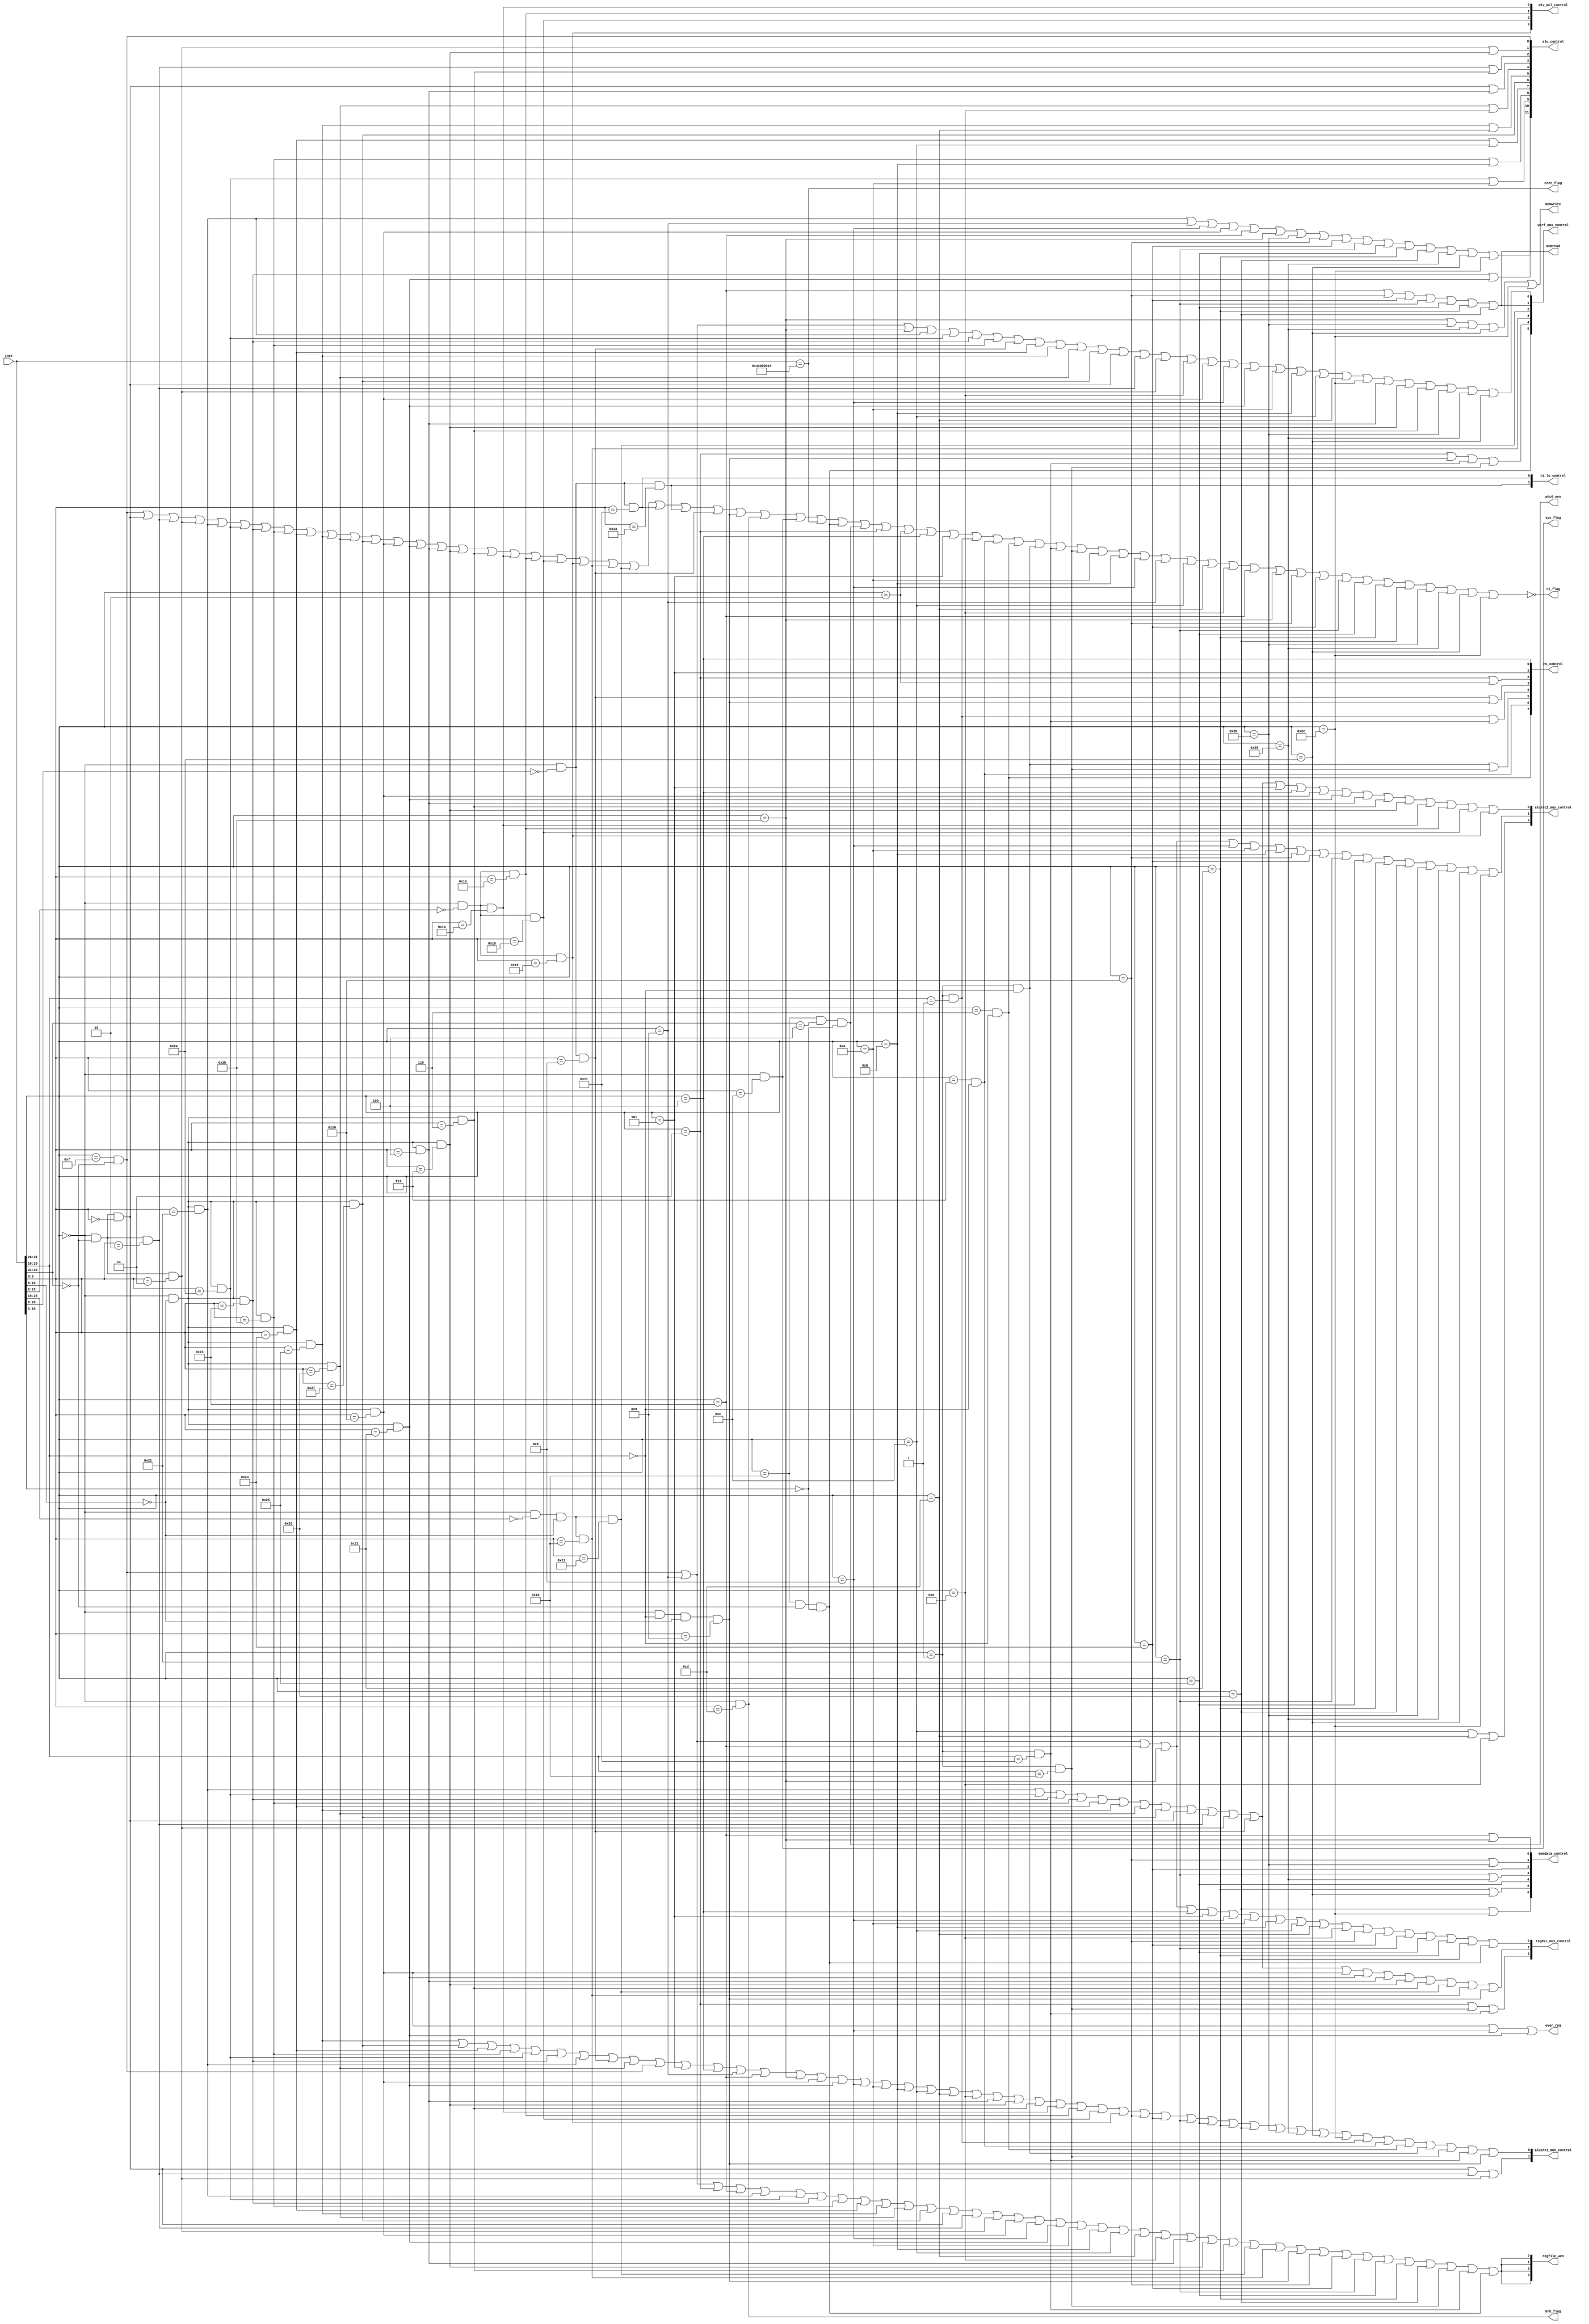
module control(
    input  [31:0] inst,
	output [11:0] alu_control,
	output [7:0] PC_control,
	output [2:0] regdst_mux_control,
	output [3:0] regfile_wen,
	output memread,
	output memwrite,
    output [6:0] memdata_control,
	output [1:0] alusrc1_mux_control,
	output [2:0] alusrc2_mux_control,
	output [5:0] wbrf_mux_control,
	output [1:0] hi_lo_control,
    output [3:0] div_mul_control,
    output mtc0_wen,
    output eret_flag,
    output sys_flag,
    output brk_flag,
    output over_req,
    output ri_flag
	);

wire inst_slti    = (inst[31:26]==6'b001010    );
wire inst_sltiu   = (inst[31:26]==6'b001011    );
wire inst_addi    = (inst[31:26]==6'b001000    );
wire inst_addiu   = (inst[31:26]==6'b001001    );
wire inst_andi    = (inst[31:26]==6'b001100    );
wire inst_ori     = (inst[31:26]==6'b001101    );
wire inst_xori    = (inst[31:26]==6'b001110    );
wire inst_lw      = (inst[31:26]==6'b100011    );
wire inst_sw      = (inst[31:26]==6'b101011    );
wire inst_lb      = (inst[31:26]==6'b100000    );
wire inst_lbu     = (inst[31:26]==6'b100100    );
wire inst_lh      = (inst[31:26]==6'b100001    );
wire inst_lhu     = (inst[31:26]==6'b100101    );
wire inst_lwl     = (inst[31:26]==6'b100010    );
wire inst_lwr     = (inst[31:26]==6'b100110    );
wire inst_sb      = (inst[31:26]==6'b101000    );
wire inst_sh      = (inst[31:26]==6'b101001    );
wire inst_swl     = (inst[31:26]==6'b101010    );
wire inst_swr     = (inst[31:26]==6'b101110    );

wire inst_jal     = (inst[31:26]==6'b000011    );
wire inst_j       = (inst[31:26]==6'b000010    );

wire inst_beq     = (inst[31:26]==6'b000100    );
wire inst_bne     = (inst[31:26]==6'b000101    );
wire inst_bgez    = (inst[31:26]==6'b000001    )&&(inst[20:16]==5'b00001);
wire inst_bgtz    = (inst[31:26]==6'b000111    )&&(inst[20:16]==5'b00000);
wire inst_blez    = (inst[31:26]==6'b000110    )&&(inst[20:16]==5'b00000);
wire inst_bltz    = (inst[31:26]==6'b000001    )&&(inst[20:16]==5'b00000);
wire inst_bgezal  = (inst[31:26]==6'b000001    )&&(inst[20:16]==5'b10001);
wire inst_bltzal  = (inst[31:26]==6'b000001    )&&(inst[20:16]==5'b10000);


wire inst_lui     = (inst[31:26]==6'b001111    )&&(inst[25:21]==5'b00000);

wire inst_sll     = (inst[31:26]==6'b000000    )&&(inst[25:21]==5'b00000)&&(inst[5:0]== 6'b000000    );
wire inst_srl     = (inst[31:26]==6'b000000    )&&(inst[25:21]==5'b00000)&&(inst[5:0]== 6'b000010    );
wire inst_sra     = (inst[31:26]==6'b000000    )&&(inst[25:21]==5'b00000)&&(inst[5:0]== 6'b000011    );
wire inst_addu    = (inst[31:26]==6'b000000    )&&(inst[10:6]==5'b00000)&&(inst[5:0]== 6'b100001    );
wire inst_slt     = (inst[31:26]==6'b000000    )&&(inst[10:6]==5'b00000)&&(inst[5:0]== 6'b101010    );
wire inst_subu    = (inst[31:26]==6'b000000    )&&(inst[10:6]==5'b00000)&&(inst[5:0]== 6'b100011    );
wire inst_sltu    = (inst[31:26]==6'b000000    )&&(inst[10:6]==5'b00000)&&(inst[5:0]== 6'b101011    );
wire inst_and     = (inst[31:26]==6'b000000    )&&(inst[10:6]==5'b00000)&&(inst[5:0]== 6'b100100    );
wire inst_or      = (inst[31:26]==6'b000000    )&&(inst[10:6]==5'b00000)&&(inst[5:0]== 6'b100101    );
wire inst_xor     = (inst[31:26]==6'b000000    )&&(inst[10:6]==5'b00000)&&(inst[5:0]== 6'b100110    );
wire inst_nor     = (inst[31:26]==6'b000000    )&&(inst[10:6]==5'b00000)&&(inst[5:0]== 6'b100111    );
wire inst_add     = (inst[31:26]==6'b000000    )&&(inst[10:6]==5'b00000)&&(inst[5:0]== 6'b100000    );
wire inst_sub     = (inst[31:26]==6'b000000    )&&(inst[10:6]==5'b00000)&&(inst[5:0]== 6'b100010    );
wire inst_sllv    = (inst[31:26]==6'b000000    )&&(inst[10:6]==5'b00000)&&(inst[5:0]== 6'b000100    );
wire inst_srav    = (inst[31:26]==6'b000000    )&&(inst[10:6]==5'b00000)&&(inst[5:0]== 6'b000111    );
wire inst_srlv    = (inst[31:26]==6'b000000    )&&(inst[10:6]==5'b00000)&&(inst[5:0]== 6'b000110    );
wire inst_div     = (inst[31:26]==6'b000000    )&&(inst[15:6]==10'b0000000000)&&(inst[5:0]== 6'b011010    );
wire inst_divu    = (inst[31:26]==6'b000000    )&&(inst[15:6]==10'b0000000000)&&(inst[5:0]== 6'b011011    );
wire inst_mult    = (inst[31:26]==6'b000000    )&&(inst[15:6]==10'b0000000000)&&(inst[5:0]== 6'b011000    );
wire inst_multu   = (inst[31:26]==6'b000000    )&&(inst[15:6]==10'b0000000000)&&(inst[5:0]== 6'b011001    );
wire inst_mfhi    = (inst[31:26]==6'b000000    )&&(inst[25:16]==10'b0000000000)&&(inst[10:6]==5'b00000)&&(inst[5:0]== 6'b010000    );
wire inst_mflo    = (inst[31:26]==6'b000000    )&&(inst[25:16]==10'b0000000000)&&(inst[10:6]==5'b00000)&&(inst[5:0]== 6'b010010    );
wire inst_mthi    = (inst[31:26]==6'b000000    )&&(inst[20:6]==15'b000000000000000)&&(inst[5:0]== 6'b010001    );
wire inst_mtlo    = (inst[31:26]==6'b000000    )&&(inst[20:6]==15'b000000000000000)&&(inst[5:0]== 6'b010011    );
wire inst_jr      = (inst[31:26]==6'b000000    )&&(inst[20:6]==15'b000000000000000)&&(inst[5:0]== 6'b001000    );
wire inst_jalr    = (inst[31:26]==6'b000000    )&&(inst[20:16]==5'b00000)&&(inst[10:6]==5'b00000)&&(inst[5:0]== 6'b001001    );

wire inst_break   = (inst[31:26]==6'b000000    )&&(inst[5:0]==6'b001101);
wire inst_syscall = (inst[31:26]==6'b000000    )&&(inst[5:0]==6'b001100);
wire inst_eret    = (inst==32'b01000010000000000000000000011000);
wire inst_mfc0    = (inst[31:26]==6'b010000    )&&(inst[25:21]==5'b00000)&&(inst[10:3]==8'b00000000);
wire inst_mtc0    = (inst[31:26]==6'b010000    )&&(inst[25:21]==5'b00100)&&(inst[10:3]==8'b00000000);
//ri_flag
assign ri_flag = ~(inst_lui|inst_sll|inst_srl|inst_sra|inst_addu|inst_slt|inst_subu|inst_sltu|inst_and|inst_or|inst_xor|inst_nor|inst_add
                 |inst_sub|inst_sllv|inst_srav|inst_srlv|inst_div|inst_divu|inst_mult|inst_multu|inst_mfhi|inst_mflo|inst_mthi|inst_mtlo
                 |inst_jr|inst_jalr|inst_break|inst_syscall|inst_eret|inst_mfc0|inst_mtc0|inst_jal|inst_j|inst_beq|inst_bne|inst_bgez|inst_bgtz|inst_blez|inst_bltz|inst_bgezal|inst_bltzal
                 |inst_slti|inst_sltiu|inst_addi|inst_addiu|inst_andi|inst_ori|inst_xori|inst_lw|inst_sw|inst_lb|inst_lbu|inst_lh|inst_lhu
                 |inst_lwl|inst_lwr|inst_sb|inst_sh|inst_swl|inst_swr);
//alu control 
assign alu_control[0]  =  inst_lui                                                                      ;
assign alu_control[1]  =  inst_sra  | inst_srav                                                         ;
assign alu_control[2]  =  inst_srl  | inst_srlv                                                         ;
assign alu_control[3]  =  inst_sll  | inst_sllv                                                         ;
assign alu_control[4]  =  inst_xor  | inst_xori                                                         ;
assign alu_control[5]  =  inst_or   | inst_ori                                                          ;
assign alu_control[6]  =  inst_nor                                                                      ;
assign alu_control[7]  =  inst_and  | inst_andi                                                         ;
assign alu_control[8]  =  inst_sltu | inst_sltiu                                                        ; 
assign alu_control[9]  =  inst_slt  | inst_slti                                                         ;
assign alu_control[10] =  inst_subu | inst_sub                                                          ;
assign alu_control[11] =  inst_addu | inst_addiu | inst_addi | inst_add | inst_lw | inst_sw | inst_sb 
                         |inst_lb   | inst_lbu   | inst_lh   | inst_lhu | inst_lwl| inst_lwr| inst_sh   
                         |inst_swl  | inst_swr  ;

//div_mul_control
assign div_mul_control[0] = inst_div  ;
assign div_mul_control[1] = inst_divu ;
assign div_mul_control[2] = inst_mult ;
assign div_mul_control[3] = inst_multu;

//regdst_mux control
assign regdst_mux_control[0] = inst_lui  | inst_addiu | inst_lw   | inst_sw   | inst_beq  | inst_bne 
                             | inst_addi | inst_slti  | inst_sltiu| inst_andi | inst_ori  | inst_xori
                             | inst_lb   | inst_lbu   | inst_lh   | inst_lhu  | inst_lwl  | inst_lwr
                             | inst_mfc0;
assign regdst_mux_control[1] = inst_addu | inst_slt   | inst_subu | inst_sltu | inst_and  | inst_or  
                             | inst_xor  | inst_nor   | inst_sll  | inst_srl  | inst_sra  | inst_jr  
                             | inst_add  | inst_sub   | inst_sllv | inst_srav | inst_srlv | inst_mflo
                             | inst_mfhi | inst_jalr ;

assign regdst_mux_control[2] = inst_jal | inst_bltzal | inst_bgezal;


//alusrc_mux control
//alusrc1_mux

assign alusrc1_mux_control[0] =   inst_or    | inst_nor  | inst_and   | inst_sltu   | inst_slt | inst_subu 
                                | inst_addu  | inst_jr   | inst_xor   | inst_lui    | inst_bne | inst_beq 
                                | inst_addiu | inst_lw   | inst_sw    | inst_add    | inst_sub | inst_addi  
                                | inst_slti  | inst_sltiu| inst_andi  | inst_ori    | inst_xori| inst_sllv
                                | inst_srav  | inst_srlv | inst_div   | inst_divu   | inst_mult| inst_multu
                                | inst_lb    | inst_lbu  | inst_lh    | inst_lhu    | inst_lwl | inst_lwr
                                | inst_sb    | inst_sh   | inst_swl   | inst_swr    | inst_bgez| inst_bgtz
                                | inst_blez  | inst_bltz | inst_bltzal| inst_bgezal | inst_jalr;



assign alusrc1_mux_control[1] =   inst_sll   | inst_srl | inst_sra ;
            
//alusrc2_mux
assign alusrc2_mux_control[0] =   inst_addu  | inst_slt   | inst_subu | inst_sltu | inst_and  | inst_or  | inst_xor  
                                | inst_nor   | inst_sll   | inst_srl  | inst_sra  | inst_jr   | inst_bne | inst_beq  
                                | inst_add   | inst_sub   | inst_sllv | inst_srlv | inst_srav | inst_div | inst_divu 
                                | inst_mult  | inst_multu;


assign alusrc2_mux_control[1] =   inst_lui   | inst_addiu | inst_lw   | inst_sw   | inst_addi | inst_slti| inst_sltiu 
                                | inst_lb    | inst_lbu   | inst_lh   | inst_lhu  | inst_lwl  | inst_lwr | inst_sb    
                                | inst_sh    | inst_swl   | inst_swr;
                               



assign alusrc2_mux_control[2] =   inst_andi  | inst_ori | inst_xori ;
//li ho control
assign hi_lo_control[0] = inst_mthi;
assign hi_lo_control[1] = inst_mtlo;
//memwrite & memread control
assign memread  = inst_lw | inst_lb | inst_lbu | inst_lh  | inst_lhu | inst_lwl | inst_lwr ;
assign memwrite = inst_sw | inst_sb | inst_sh  | inst_swl | inst_swr;
//memdata_control
assign memdata_control[0] = inst_lw | inst_sw;
assign memdata_control[1] = inst_lb | inst_sb;
assign memdata_control[2] = inst_lbu;
assign memdata_control[3] = inst_lh | inst_sh;
assign memdata_control[4] = inst_lhu;
assign memdata_control[5] = inst_lwl| inst_swl;
assign memdata_control[6] = inst_lwr| inst_swr;
//wb_rf_mux control
assign wbrf_mux_control[0] =    inst_lui   | inst_addiu | inst_sw   | inst_addu | inst_slt  | inst_subu | inst_sltu | inst_jr 
                              | inst_and   | inst_or    | inst_xor  | inst_nor  | inst_sll  | inst_srl  | inst_sra  | inst_xori 
                              | inst_add   | inst_addi  | inst_sub  | inst_slti | inst_sltiu| inst_andi | inst_ori  | inst_swr 
                              | inst_sllv  | inst_srav  | inst_srlv | inst_sb   | inst_sh   | inst_swl  ;

assign wbrf_mux_control[1] =    inst_lw	  | inst_lb    | inst_lbu  | inst_lh  | inst_lhu  | inst_lwl  | inst_lwr;				

assign wbrf_mux_control[2] =    inst_mflo;

assign wbrf_mux_control[3] =    inst_mfhi;

assign wbrf_mux_control[4] =    inst_jal | inst_jalr | inst_bgezal| inst_bltzal;

assign wbrf_mux_control[5] =    inst_mfc0;
//regfile_wen control
wire regwrite;
assign regwrite =  inst_lui  | inst_addiu | inst_jal  |  inst_lw    | inst_addu | inst_slt | inst_subu | inst_sltu 
                 | inst_and  | inst_or    | inst_xor  |  inst_nor   | inst_sll  | inst_srl | inst_sra  | inst_add  
                 | inst_addi | inst_sub   | inst_slti | inst_sltiu  | inst_andi | inst_ori | inst_xori | inst_sllv 
                 | inst_srav | inst_srlv  | inst_mflo | inst_mfhi   | inst_jalr | inst_lb  | inst_lbu  | inst_lh   
                 | inst_lhu  | inst_lwl   | inst_lwr  | inst_bltzal | inst_bgezal | inst_mfc0;
assign regfile_wen = {4{regwrite}};

//branch jump control
assign PC_control[0] = inst_beq;
assign PC_control[1] = inst_bne;
assign PC_control[2] = inst_jal | inst_j;
assign PC_control[3] = inst_jr  | inst_jalr;
assign PC_control[4] = inst_bgez| inst_bgezal;
assign PC_control[5] = inst_bltz| inst_bltzal;
assign PC_control[6] = inst_bgtz;
assign PC_control[7] = inst_blez;
//mtc0_wen
assign mtc0_wen = inst_mtc0;
assign eret_flag = inst_eret;
assign sys_flag = inst_syscall;
assign brk_flag = inst_break;
assign over_req = inst_add|inst_addi|inst_sub;
endmodule